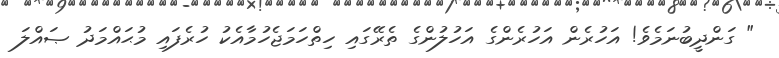
" ގަންދީބުނަމެވެ! އަހުރެން އަހުރެންގެ އަހުލުންގެ ތެރޭގައި ހިތްހަމަޖެހުމާއެކު ހުރެފައި މުޙައްމަދު ޞައްލަ